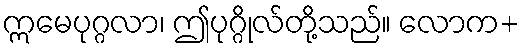
ဣမေပုဂ္ဂလာ၊ ဤပုဂ္ဂိုလ်တို့သည်။ လောက+